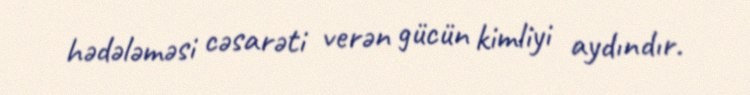
hədələməsi cəsarəti verən gücün kimliyi aydındır.